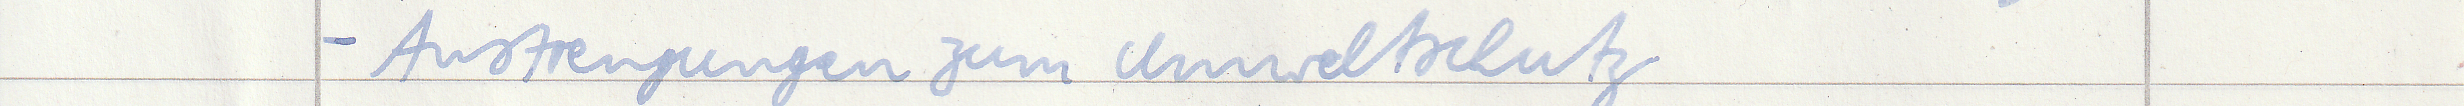
- Anstrengungen zum Umweltschutz